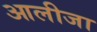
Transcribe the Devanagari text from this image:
आलीजा